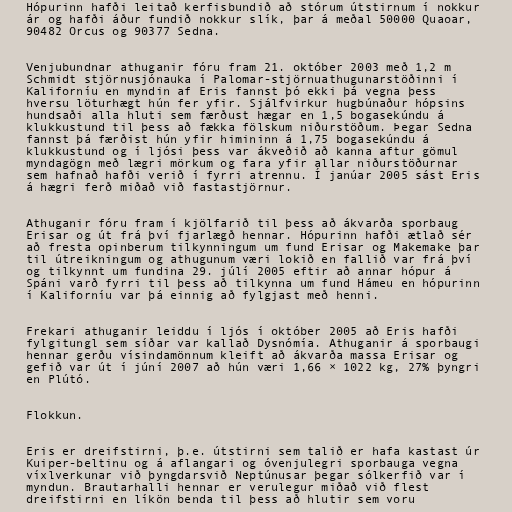
Hópurinn hafði leitað kerfisbundið að stórum útstirnum í nokkur
ár og hafði áður fundið nokkur slík, þar á meðal 50000 Quaoar,
90482 Orcus og 90377 Sedna.

Venjubundnar athuganir fóru fram 21. október 2003 með 1,2 m
Schmidt stjörnusjónauka í Palomar-stjörnuathugunarstöðinni í
Kaliforníu en myndin af Eris fannst þó ekki þá vegna þess
hversu löturhægt hún fer yfir. Sjálfvirkur hugbúnaður hópsins
hundsaði alla hluti sem færðust hægar en 1,5 bogasekúndu á
klukkustund til þess að fækka fölskum niðurstöðum. Þegar Sedna
fannst þá færðist hún yfir himininn á 1,75 bogasekúndu á
klukkustund og í ljósi þess var ákveðið að kanna aftur gömul
myndagögn með lægri mörkum og fara yfir allar niðurstöðurnar
sem hafnað hafði verið í fyrri atrennu. Í janúar 2005 sást Eris
á hægri ferð miðað við fastastjörnur.

Athuganir fóru fram í kjölfarið til þess að ákvarða sporbaug
Erisar og út frá því fjarlægð hennar. Hópurinn hafði ætlað sér
að fresta opinberum tilkynningum um fund Erisar og Makemake þar
til útreikningum og athugunum væri lokið en fallið var frá því
og tilkynnt um fundina 29. júlí 2005 eftir að annar hópur á
Spáni varð fyrri til þess að tilkynna um fund Hámeu en hópurinn
í Kaliforníu var þá einnig að fylgjast með henni.

Frekari athuganir leiddu í ljós í október 2005 að Eris hafði
fylgitungl sem síðar var kallað Dysnómía. Athuganir á sporbaugi
hennar gerðu vísindamönnum kleift að ákvarða massa Erisar og
gefið var út í júní 2007 að hún væri 1,66 × 1022 kg, 27% þyngri
en Plútó.

Flokkun.

Eris er dreifstirni, þ.e. útstirni sem talið er hafa kastast úr
Kuiper-beltinu og á aflangari og óvenjulegri sporbauga vegna
víxlverkunar við þyngdarsvið Neptúnusar þegar sólkerfið var í
myndun. Brautarhalli hennar er verulegur miðað við flest
dreifstirni en líkön benda til þess að hlutir sem voru